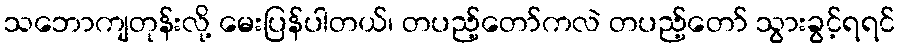
သဘောကျတုန်းလို့ မေးပြန်ပါတယ်၊ တပည့်တော်ကလဲ တပည့်တော် သွားခွင့်ရရင်